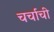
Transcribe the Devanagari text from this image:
चर्चाची